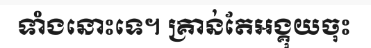
ទាំងនោះទេ។ គ្រាន់តែអង្គុយចុះ